Indian journal of veterinary science and animal husbandry - Volume 2,
Year: 1932
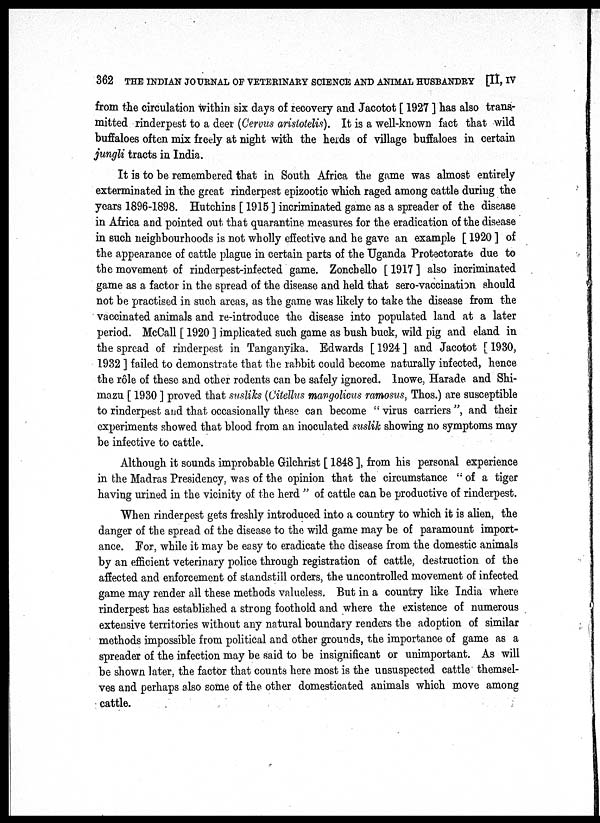
362 THE INDIAN JOURNAL OF VETERINARY SCIENCE AND ANIMAL HUSBANDRY [II, IV
from the circulation within six days of recovery and Jacotot [ 1927 ] has also trans-
mitted rinderpest to a deer (Cervus aristotelis). It is a well-known fact that wild
buffaloes often mix freely at night with the herds of village buffaloes in certain
jungli tracts in India.
It is to be remembered that in South Africa the game was almost entirely
exterminated in the great rinderpest epizootic which raged among cattle during the
years 1896-1898. Hutchins [ 1915 ] incriminated game as a spreader of the disease
in Africa and pointed out that quarantine measures for the eradication of the disease
in such neighbourhoods is not wholly effective and he gave an example [ 1920 ] of
the appearance of cattle plague in certain parts of the Uganda Protectorate due to
the movement of rinderpest-infected game. Zonchello [ 1917 ] also incriminated
game as a factor in the spread of the disease and held that sero-vaccination should
not be practised in such areas, as the game was likely to take the disease from the
vaccinated animals and re-introduce the disease into populated land at a later
period. McCall [ 1920 ] implicated such game as bush buck, wild pig and eland in
the spread of rinderpest in Tanganyika. Edwards [ 1924 ] and Jacotot [ 1930,
1932 ] failed to demonstrate that the rabbit could become naturally infected, hence
the rôle of these and other rodents can be safely ignored. Inowe, Harade and Shi¬
mazu [ 1930 ] proved that susliks (Citellus mangolicus ramosus, Thos.) are susceptible
to rinderpest and that occasionally these can become " virus carriers ", and their
experiments showed that blood from an inoculated suslik showing no symptoms may
be infective to cattle.
Although it sounds improbable Gilchrist [ 1848 ], from his personal experience
in the Madras Presidency, was of the opinion that the circumstance " of a tiger
having urined in the vicinity of the herd " of cattle can be productive of rinderpest.
When rinderpest gets freshly introduced into a country to which it is alien, the
danger of the spread of the disease to the wild game may be of paramount import-
ance. For, while it may be easy to eradicate the disease from the domestic animals
by an efficient veterinary police through registration of cattle, destruction of the
affected and enforcement of standstill orders, the uncontrolled movement of infected
game may render all these methods valueless. But in a country like India where
rinderpest has established a strong foothold and where the existence of numerous
extensive territories without any natural boundary renders the adoption of similar
methods impossible from political and other grounds, the importance of game as a
spreader of the infection may be said to be insignificant or unimportant. As will
be shown later, the factor that counts here most is the unsuspected cattle themsel-
ves and perhaps also some of the other domesticated animals which move among
cattle.